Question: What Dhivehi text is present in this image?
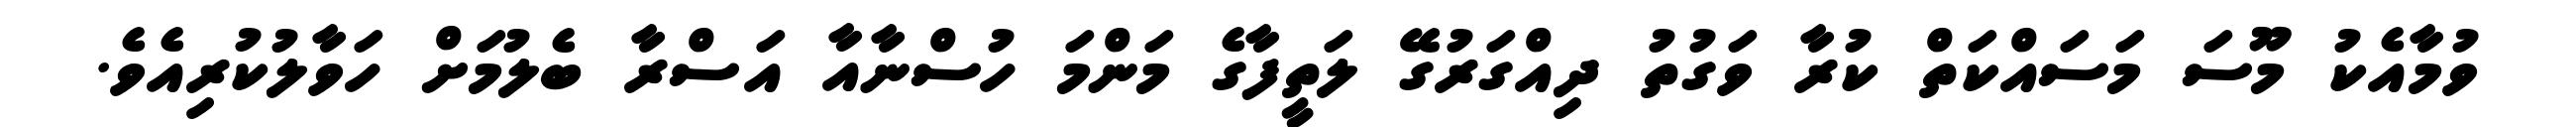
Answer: ވުމާއެކު މޫސަ މަސައްކަތް ކުރާ ވަގުތު ދިއްގަރުގޭ ލަތީފާގެ މަންމަ ހުސްނާއާ އަސްރާ ބެލުމަށް ހަވާލުކުރިއެވެ.